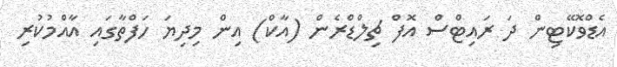
އެޑްވޮކޭޓިން ދަ ރައިޓްސް އޮފް ޗިލްޑްރެން (އާކް) އިން މިދިޔަ ހަފްތާގައި އާއްމުކުރި